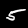
Label: 5